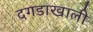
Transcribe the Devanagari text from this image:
दगडाखाली